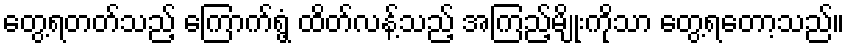
တွေ့ရတတ်သည့် ကြောက်ရွံ့ ထိတ်လန့်သည့် အကြည့်မျိုးကိုသာ တွေ့ရတော့သည်။